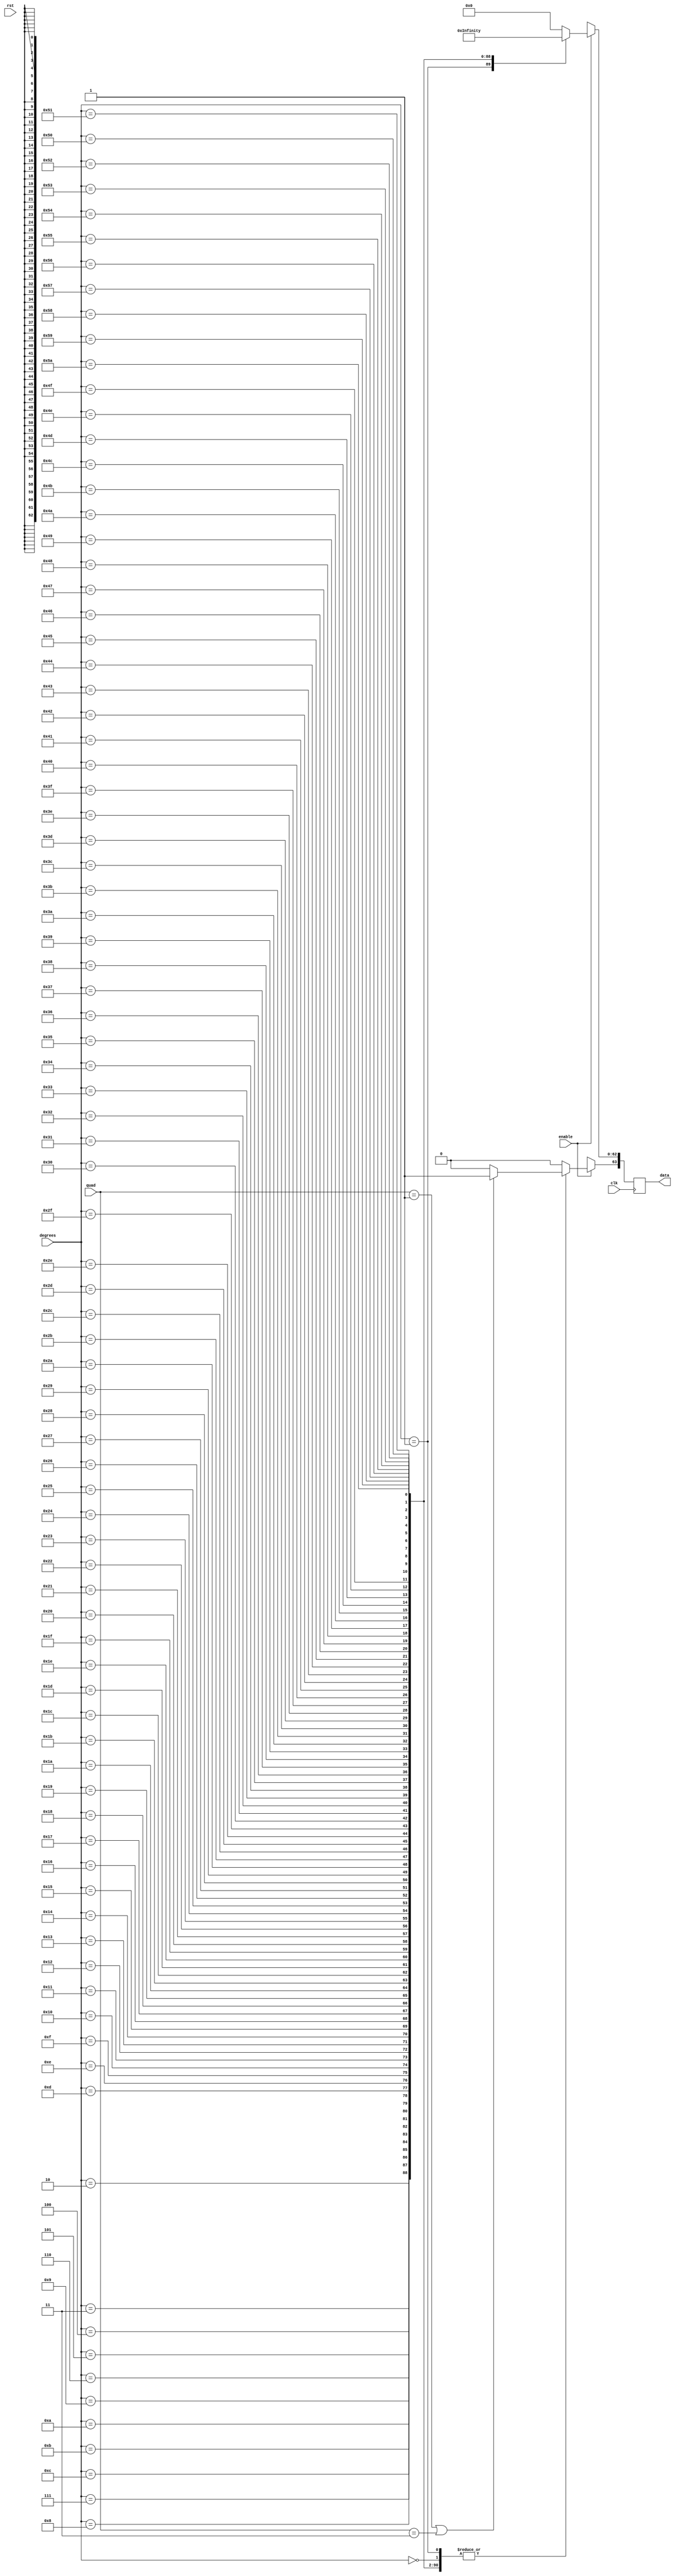
/////////////////////////////////////////////////////////////////////
////                                                             ////
////                                                          ////
////  Trigonometric functions using double precision Floating Point Unit        ////
////                                                             ////
////          muni_aditya@yahoo.com                                ////
////                                                             ////
/////////////////////////////////////////////////////////////////////
////                                                             ////
//// Copyright (C) 2013 Muni Aditya                           ////
////                  muni_aditya@yahoo.com                        ////
////                                                             ////
//// This source file may be used and distributed without        ////
//// restriction provided that this copyright statement is not   ////
//// removed from the file and that any derivative work contains ////
//// the original copyright notice and the associated disclaimer.////
////                                                             ////
////     THIS SOFTWARE IS PROVIDED ``AS IS'' AND WITHOUT ANY     ////
//// EXPRESS OR IMPLIED WARRANTIES, INCLUDING, BUT NOT LIMITED   ////
//// TO, THE IMPLIED WARRANTIES OF MERCHANTABILITY AND FITNESS   ////
//// FOR A PARTICULAR PURPOSE. IN NO EVENT SHALL THE AUTHOR      ////
//// OR CONTRIBUTORS BE LIABLE FOR ANY DIRECT, INDIRECT,         ////
//// INCIDENTAL, SPECIAL, EXEMPLARY, OR CONSEQUENTIAL DAMAGES    ////
//// (INCLUDING, BUT NOT LIMITED TO, PROCUREMENT OF SUBSTITUTE   ////
//// GOODS OR SERVICES; LOSS OF USE, DATA, OR PROFITS; OR        ////
//// BUSINESS INTERRUPTION) HOWEVER CAUSED AND ON ANY THEORY OF  ////
//// LIABILITY, WHETHER IN  CONTRACT, STRICT LIABILITY, OR TORT  ////
//// (INCLUDING NEGLIGENCE OR OTHERWISE) ARISING IN ANY WAY OUT  ////
//// OF THE USE OF THIS SOFTWARE, EVEN IF ADVISED OF THE         ////
//// POSSIBILITY OF SUCH DAMAGE.                                 ////
////                                                             ////
/////////////////////////////////////////////////////////////////////

`timescale 1ns / 100ps

`define INPUT_WIDTH 32

module tangent_lut (quad, enable, degrees, data, rst, clk);

input [1:0] quad;
input enable;
input rst;
input clk;
input [`INPUT_WIDTH-1:0] degrees ;

//////////////inputs/////////////////

output reg [63:0] data;

//////////////output/////////////////


always@(posedge clk )

// needs to be positive in first and third quadrants

 begin
        if (quad == 2'b01 || quad == 2'b11)
        begin
        data[63] <= 1'b1;
        end

        else
        begin
        data[63] <= 1'b0;
        end

	if(enable)
	case (degrees)

// look up table
	  
`INPUT_WIDTH'd0  : data[62:0] <= 64'h0000000000000000;
`INPUT_WIDTH'd1  : data[62:0] <= 64'h3f91dfbd9410a422;
`INPUT_WIDTH'd2  : data[62:0] <= 64'h3fa1e12295d61fc2;
`INPUT_WIDTH'd3  : data[62:0] <= 64'h3faad53144273e71;
`INPUT_WIDTH'd4  : data[62:0] <= 64'h3fb1e6b93a693204;
`INPUT_WIDTH'd5  : data[62:0] <= 64'h3fb665a8349d55e1;
`INPUT_WIDTH'd6  : data[62:0] <= 64'h3fbae81c75231d97;
`INPUT_WIDTH'd7  : data[62:0] <= 64'h3fbf6ecf19881d32;
`INPUT_WIDTH'd8  : data[62:0] <= 64'h3fc1fd3df8664fe5;
`INPUT_WIDTH'd9  : data[62:0] <= 64'h3fc445f0fbb1cf91;
`INPUT_WIDTH'd10 : data[62:0] <= 64'h3fc691e1ebc5cbbc;
`INPUT_WIDTH'd11 : data[62:0] <= 64'h3fc8e174375dceb6;
`INPUT_WIDTH'd12 : data[62:0] <= 64'h3fcb350dac76234b;
`INPUT_WIDTH'd13 : data[62:0] <= 64'h3fcd8d16c1491593;
`INPUT_WIDTH'd14 : data[62:0] <= 64'h3fcfe9fae1181f54;
`INPUT_WIDTH'd15 : data[62:0] <= 64'h3fd126145e9ecd56;
`INPUT_WIDTH'd16 : data[62:0] <= 64'h3fd25a0951873b22;
`INPUT_WIDTH'd17 : data[62:0] <= 64'h3fd391176b8feb5a;
`INPUT_WIDTH'd18 : data[62:0] <= 64'h3fd4cb7bfb4961ae;
`INPUT_WIDTH'd19 : data[62:0] <= 64'h3fd60976af8c1613;
`INPUT_WIDTH'd20 : data[62:0] <= 64'h3fd74b49cf3902d4;
`INPUT_WIDTH'd21 : data[62:0] <= 64'h3fd8913a75259d06;
`INPUT_WIDTH'd22 : data[62:0] <= 64'h3fd9db90d0ac0d40;
`INPUT_WIDTH'd23 : data[62:0] <= 64'h3fdb2a986b66229e;
`INPUT_WIDTH'd24 : data[62:0] <= 64'h3fdc7ea074a90a0c;
`INPUT_WIDTH'd25 : data[62:0] <= 64'h3fddd7fc13699ab1;
`INPUT_WIDTH'd26 : data[62:0] <= 64'h3fdf3702bf455cf3;
`INPUT_WIDTH'd27 : data[62:0] <= 64'h3fe04e0850c1dd5c;
`INPUT_WIDTH'd28 : data[62:0] <= 64'h3fe103c37f7ebedc;
`INPUT_WIDTH'd29 : data[62:0] <= 64'h3fe1bce655fbb9bf;
`INPUT_WIDTH'd30 : data[62:0] <= 64'h3fe279a74590331c;
`INPUT_WIDTH'd31 : data[62:0] <= 64'h3fe33a400c85af9d;
`INPUT_WIDTH'd32 : data[62:0] <= 64'h3fe3feee02d72515;
`INPUT_WIDTH'd33 : data[62:0] <= 64'h3fe4c7f26ed1d60d;
`INPUT_WIDTH'd34 : data[62:0] <= 64'h3fe59592e296c624;
`INPUT_WIDTH'd35 : data[62:0] <= 64'h3fe66819a3a0bf7a;
`INPUT_WIDTH'd36 : data[62:0] <= 64'h3fe73fd61d9df543;
`INPUT_WIDTH'd37 : data[62:0] <= 64'h3fe81d1d621eb710;
`INPUT_WIDTH'd38 : data[62:0] <= 64'h3fe9004ab6d5cc92;
`INPUT_WIDTH'd39 : data[62:0] <= 64'h3fe9e9c0346ca838;
`INPUT_WIDTH'd40 : data[62:0] <= 64'h3fead9e7783fbf1d;
`INPUT_WIDTH'd41 : data[62:0] <= 64'h3febd1326bb88d11;
`INPUT_WIDTH'd42 : data[62:0] <= 64'h3fecd01c246e405f;
`INPUT_WIDTH'd43 : data[62:0] <= 64'h3fedd729e0bf9cb7;
`INPUT_WIDTH'd44 : data[62:0] <= 64'h3feee6ec253d2462;
`INPUT_WIDTH'd45 : data[62:0] <= 64'h3fefffffffffffff;
`INPUT_WIDTH'd46 : data[62:0] <= 64'h3ff091883bfbf42d;
`INPUT_WIDTH'd47 : data[62:0] <= 64'h3ff1286c17acf49c;
`INPUT_WIDTH'd48 : data[62:0] <= 64'h3ff1c511a0db83e2;
`INPUT_WIDTH'd49 : data[62:0] <= 64'h3ff267e8b3f5da80;
`INPUT_WIDTH'd50 : data[62:0] <= 64'h3ff3116c3711527e;
`INPUT_WIDTH'd51 : data[62:0] <= 64'h3ff3c2238553dced;
`INPUT_WIDTH'd52 : data[62:0] <= 64'h3ff47aa413b0ee1d;
`INPUT_WIDTH'd53 : data[62:0] <= 64'h3ff53b9359d2f918;
`INPUT_WIDTH'd54 : data[62:0] <= 64'h3ff605a90c73ab78;
`INPUT_WIDTH'd55 : data[62:0] <= 64'h3ff6d9b1b96ce127;
`INPUT_WIDTH'd56 : data[62:0] <= 64'h3ff7b891d9a169b3;
`INPUT_WIDTH'd57 : data[62:0] <= 64'h3ff8a34971bd700d;
`INPUT_WIDTH'd58 : data[62:0] <= 64'h3ff99af8610e4106;
`INPUT_WIDTH'd59 : data[62:0] <= 64'h3ffaa0e385c196a8;
`INPUT_WIDTH'd60 : data[62:0] <= 64'h3ffbb67ae8584ca8;
`INPUT_WIDTH'd61 : data[62:0] <= 64'h3ffcdd612dd501f3;
`INPUT_WIDTH'd62 : data[62:0] <= 64'h3ffe1774a2562592;
`INPUT_WIDTH'd63 : data[62:0] <= 64'h3fff66da45fee3f0;
`INPUT_WIDTH'd64 : data[62:0] <= 64'h40006705b35391e7;
`INPUT_WIDTH'd65 : data[62:0] <= 64'h400127f33e8d12e5;
`INPUT_WIDTH'd66 : data[62:0] <= 64'h4001f7e220cc416f;
`INPUT_WIDTH'd67 : data[62:0] <= 64'h4002d8c9200b5686;
`INPUT_WIDTH'd68 : data[62:0] <= 64'h4003ccfa561175d3;
`INPUT_WIDTH'd69 : data[62:0] <= 64'h4004d738ef803785;
`INPUT_WIDTH'd70 : data[62:0] <= 64'h4005fad570f872d7;
`INPUT_WIDTH'd71 : data[62:0] <= 64'h40073bd2e9a270df;
`INPUT_WIDTH'd72 : data[62:0] <= 64'h40089f188bdcd7ad;
`INPUT_WIDTH'd73 : data[62:0] <= 64'h400a2ab4c713671d;
`INPUT_WIDTH'd74 : data[62:0] <= 64'h400be6398b3f2869;
`INPUT_WIDTH'd75 : data[62:0] <= 64'h400ddb3d742c2656;
`INPUT_WIDTH'd76 : data[62:0] <= 64'h40100b0a2833d3c5;
`INPUT_WIDTH'd77 : data[62:0] <= 64'h4011536e695dda91;
`INPUT_WIDTH'd78 : data[62:0] <= 64'h4012d18a8e2ff28e;
`INPUT_WIDTH'd79 : data[62:0] <= 64'h40149405f7cc6448;
`INPUT_WIDTH'd80 : data[62:0] <= 64'h4016af648056a133;
`INPUT_WIDTH'd81 : data[62:0] <= 64'h4019414813ba6629;
`INPUT_WIDTH'd82 : data[62:0] <= 64'h401c76237b025ae6;
`INPUT_WIDTH'd83 : data[62:0] <= 64'h402049e7c666e3fe;
`INPUT_WIDTH'd84 : data[62:0] <= 64'h4023075ac71a38c8;
`INPUT_WIDTH'd85 : data[62:0] <= 64'h4026dc2fd0bfdbd5;
`INPUT_WIDTH'd86 : data[62:0] <= 64'h402c99f0ed772d54;
`INPUT_WIDTH'd87 : data[62:0] <= 64'h403314c55fbc4c58;
`INPUT_WIDTH'd88 : data[62:0] <= 64'h403ca2e17ec21843;
`INPUT_WIDTH'd89 : data[62:0] <= 64'h404ca51d76749a49;
`INPUT_WIDTH'd90 : data[62:0] <= 64'h7ff0000000000000;

default:data <= 64'h0;

endcase


else 
  data <= 64'hxxxxxxxxxxxxxxx;



end

endmodule